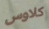
كلاوس